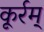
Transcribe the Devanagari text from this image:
कूर्रम्